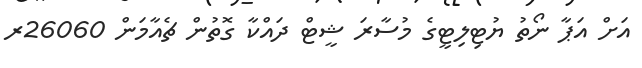
އަށް އަޕާ ނޯތު ޔުޓިލިޓީގެ މުސާރަ ޝީޓް ދައްކާ ގޮތުން ޗެއާމަން 26060ރ